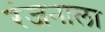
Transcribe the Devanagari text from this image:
रंजनाला